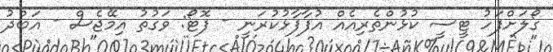
ގޯލަށްފަހު ޓީސީ ކުޅުންތެރިއެއް އުފާފާޅުކުރަނީ - ފޮޓޯ: ވަގުތު އިމޭޖެސް - އަބްދު